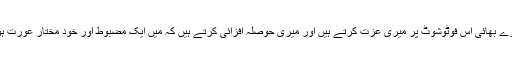
میرے بھائی اس فوٹوشوٹ پر میری عزت کرتے ہیں اور میری حوصلہ افزائی کرتے ہیں کہ میں ایک مضبوط اور خود مختار عورت ہوں۔